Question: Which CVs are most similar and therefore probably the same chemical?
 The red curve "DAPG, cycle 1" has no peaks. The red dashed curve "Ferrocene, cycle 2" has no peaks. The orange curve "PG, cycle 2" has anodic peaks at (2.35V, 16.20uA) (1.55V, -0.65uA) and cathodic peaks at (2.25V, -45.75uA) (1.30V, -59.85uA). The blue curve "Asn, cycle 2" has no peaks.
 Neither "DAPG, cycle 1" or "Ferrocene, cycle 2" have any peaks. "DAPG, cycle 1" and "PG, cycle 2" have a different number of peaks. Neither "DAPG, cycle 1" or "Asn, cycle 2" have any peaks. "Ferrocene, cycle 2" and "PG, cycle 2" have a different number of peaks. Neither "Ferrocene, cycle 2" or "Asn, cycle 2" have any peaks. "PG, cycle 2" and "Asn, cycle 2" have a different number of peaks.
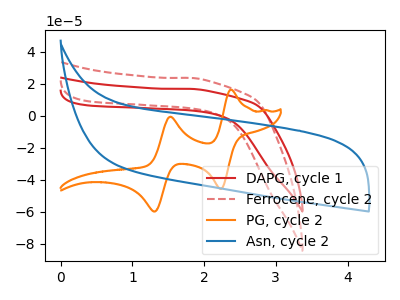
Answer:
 <answer>"DAPG, cycle 1", "Ferrocene, cycle 2" and "Asn, cycle 2" have the same shape and are likely CV's of the same chemical.</answer>
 <eval>"DAPG, cycle 1" "Ferrocene, cycle 2" "Asn, cycle 2"</eval>